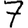
Digit: 7